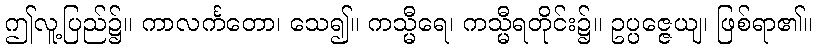
ဤလူ့ပြည်၌။ ကာလင်္ကတော၊ သေ၍။ ကသ္မီရေ၊ ကသ္မီရတိုင်း၌။ ဥပ္ပဇ္ဇေယျ၊ ဖြစ်ရာ၏။